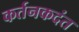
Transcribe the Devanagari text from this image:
कर्तनकदंत